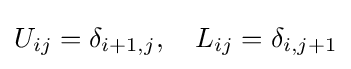
U_{ij}=\delta _{i+1,j},\quad L_{ij}=\delta _{i,j+1}